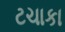
ટચાકા